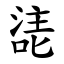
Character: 㗟